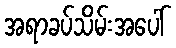
အရာခပ်သိမ်းအပေါ်